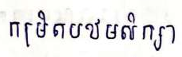
កម្រិតបឋមសិក្សា